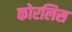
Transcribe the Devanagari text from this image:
कोरलिस